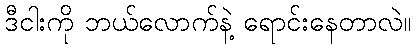
ဒီငါးကို ဘယ်လောက်နဲ့ ရောင်းနေတာလဲ။